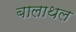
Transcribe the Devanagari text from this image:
बालाथल